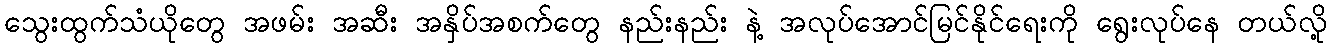
သွေးထွက်သံယိုတွေ အဖမ်း အဆီး အနှိပ်အစက်တွေ နည်းနည်း နဲ့ အလုပ်အောင်မြင်နိုင်ရေးကို ရွေးလုပ်နေ တယ်လို့